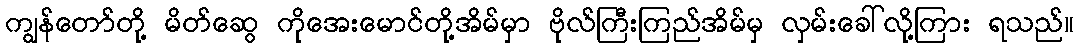
ကျွန်တော်တို့ မိတ်ဆွေ ကိုအေးမောင်တို့အိမ်မှာ ဗိုလ်ကြီးကြည်အိမ်မှ လှမ်းခေါ်လို့ကြား ရသည်။